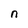
Character: n